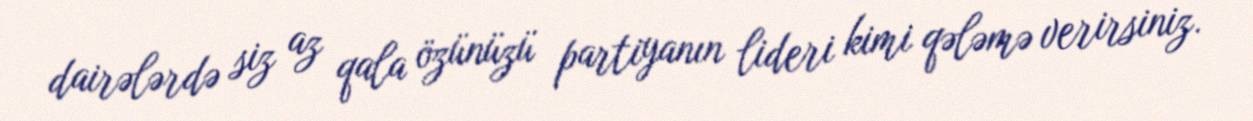
dairələrdə siz az qala özünüzü partiyanın lideri kimi qələmə verirsiniz.